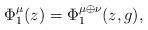
LaTeX: \begin{align*} \Phi_1^{\mu}(z) = \Phi_1^{\mu\oplus\nu}(z,g), \end{align*}